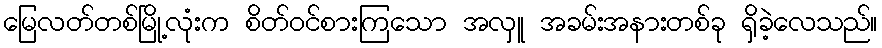
မြေလတ်တစ်မြို့လုံးက စိတ်ဝင်စားကြသော အလှူ အခမ်းအနားတစ်ခု ရှိခဲ့လေသည်။